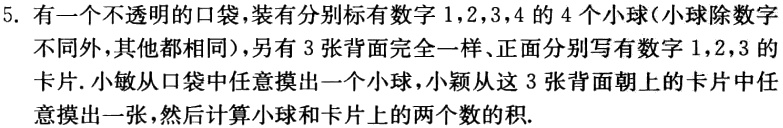
5. 有一个不透明的口袋，装有分别标有数字\(1,2,3,4\)的\(4\)个小球（小球除数字不同外，其他都相同），另有\(3\)张背面完全一样、正面分别写有数字\(1,2,3\)的卡片. 小敏从口袋中任意摸出一个小球，小颖从这\(3\)张背面朝上的卡片中任意摸出一张，然后计算小球和卡片上的两个数的积.